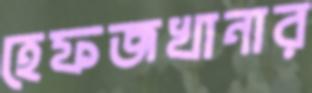
হেফজখানার